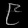
Digit: ၉